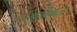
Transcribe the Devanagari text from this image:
प्रेसएन्बिल्ड